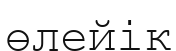
өлейік